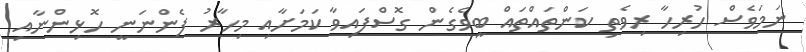
ނަމަވެސް ހުރިހާ ރިވެތި ކަންތައްތައް ބީވެގެން ގޮސްފައިވާ ކަމަށާއި މިހާރު ފެންނަނީ ހޮޅިންނާއި